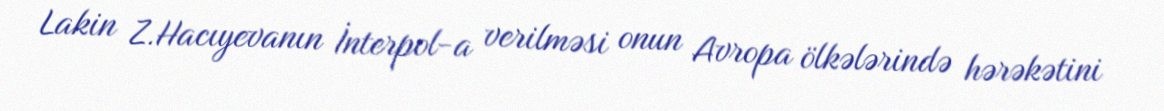
Lakin Z.Hacıyevanın İnterpol-a verilməsi onun Avropa ölkələrində hərəkətini